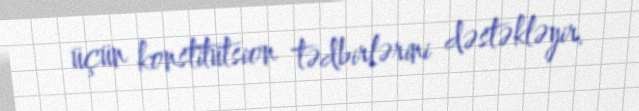
üçün konstitutsion tədbirlərini dəstəkləyir.